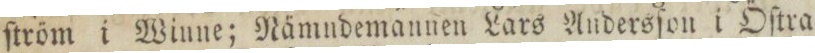
ſtröm i Winne; Nämndemannen Lars Andersſon i Öſtra